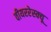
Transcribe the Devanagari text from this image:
वीयररेस्क्यू